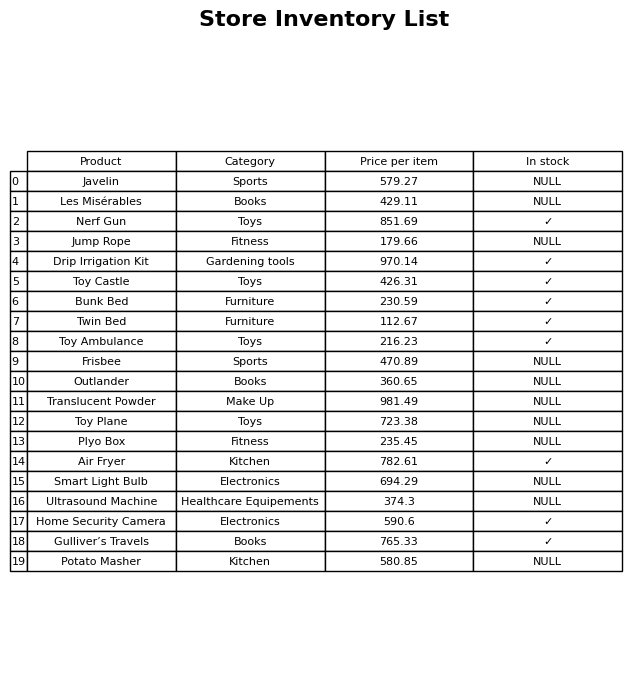
question: What is the price for Potato Masher?
answer: The price of Potato Masher is 580.85.